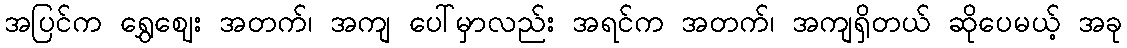
အပြင်က ရွှေဈေး အတက်၊ အကျ ပေါ်မှာလည်း အရင်က အတက်၊ အကျရှိတယ် ဆိုပေမယ့် အခု